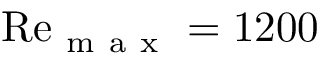
\mathrm { R e } _ { \mathrm { ~ m ~ a ~ x ~ } } = 1 2 0 0